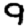
Digit: 9